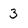
Character: 3